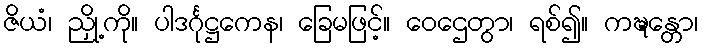
ဇိယံ၊ ညှို့ကို။ ပါဒင်္ဂုဋ္ဌကေန၊ ခြေမဖြင့်။ ဝေဌေတွာ၊ ရစ်၍။ ကဍ္ဎန္တော၊